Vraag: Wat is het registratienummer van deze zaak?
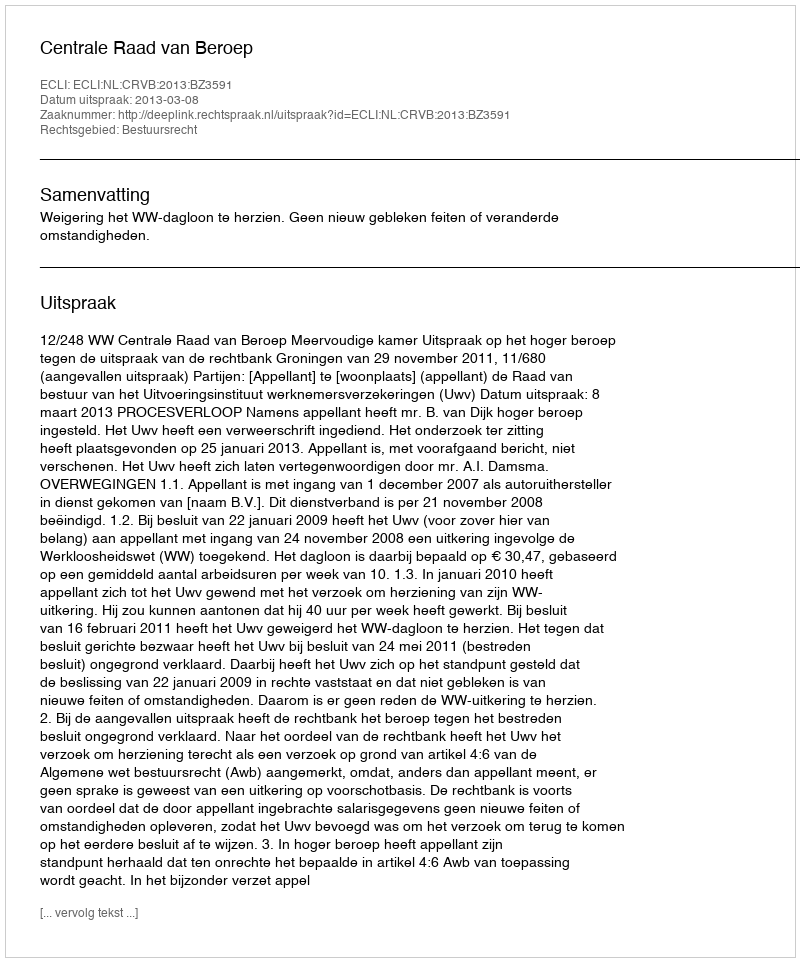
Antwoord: http://deeplink.rechtspraak.nl/uitspraak?id=ECLI:NL:CRVB:2013:BZ3591